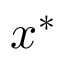
x ^ { \ast }